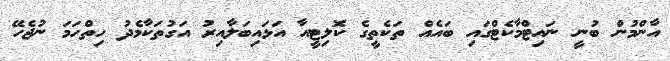
އާންމުން ބުނީ ނައިޓްމާކެޓްގައި ބައެއް ތަކެތީގެ ކޮލިޓީއާ އަޅައިބަލާއިރު އަގުތަކާމެދު ހިތްހަމަ ނުޖެހޭ